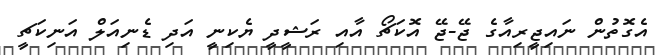
އެގޮތުން ނައިޖީރިއާގެ ޖޭ-ޖޭ އޮކަޗޯ އާއި ރަޝީދީ ޔެކިނީ އަދި ޑެނިއަލް އަނިކަޗީ